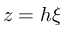
z = h \xi